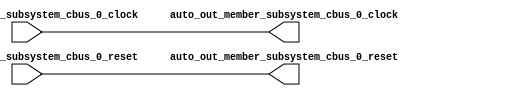
module ClockGroupAggregator_3(
  input   auto_in_member_subsystem_cbus_0_clock,
  input   auto_in_member_subsystem_cbus_0_reset,
  output  auto_out_member_subsystem_cbus_0_clock,
  output  auto_out_member_subsystem_cbus_0_reset
);
  assign auto_out_member_subsystem_cbus_0_clock = auto_in_member_subsystem_cbus_0_clock; // @[Nodes.scala 1210:84 LazyModule.scala 309:16]
  assign auto_out_member_subsystem_cbus_0_reset = auto_in_member_subsystem_cbus_0_reset; // @[Nodes.scala 1210:84 LazyModule.scala 309:16]
endmodule